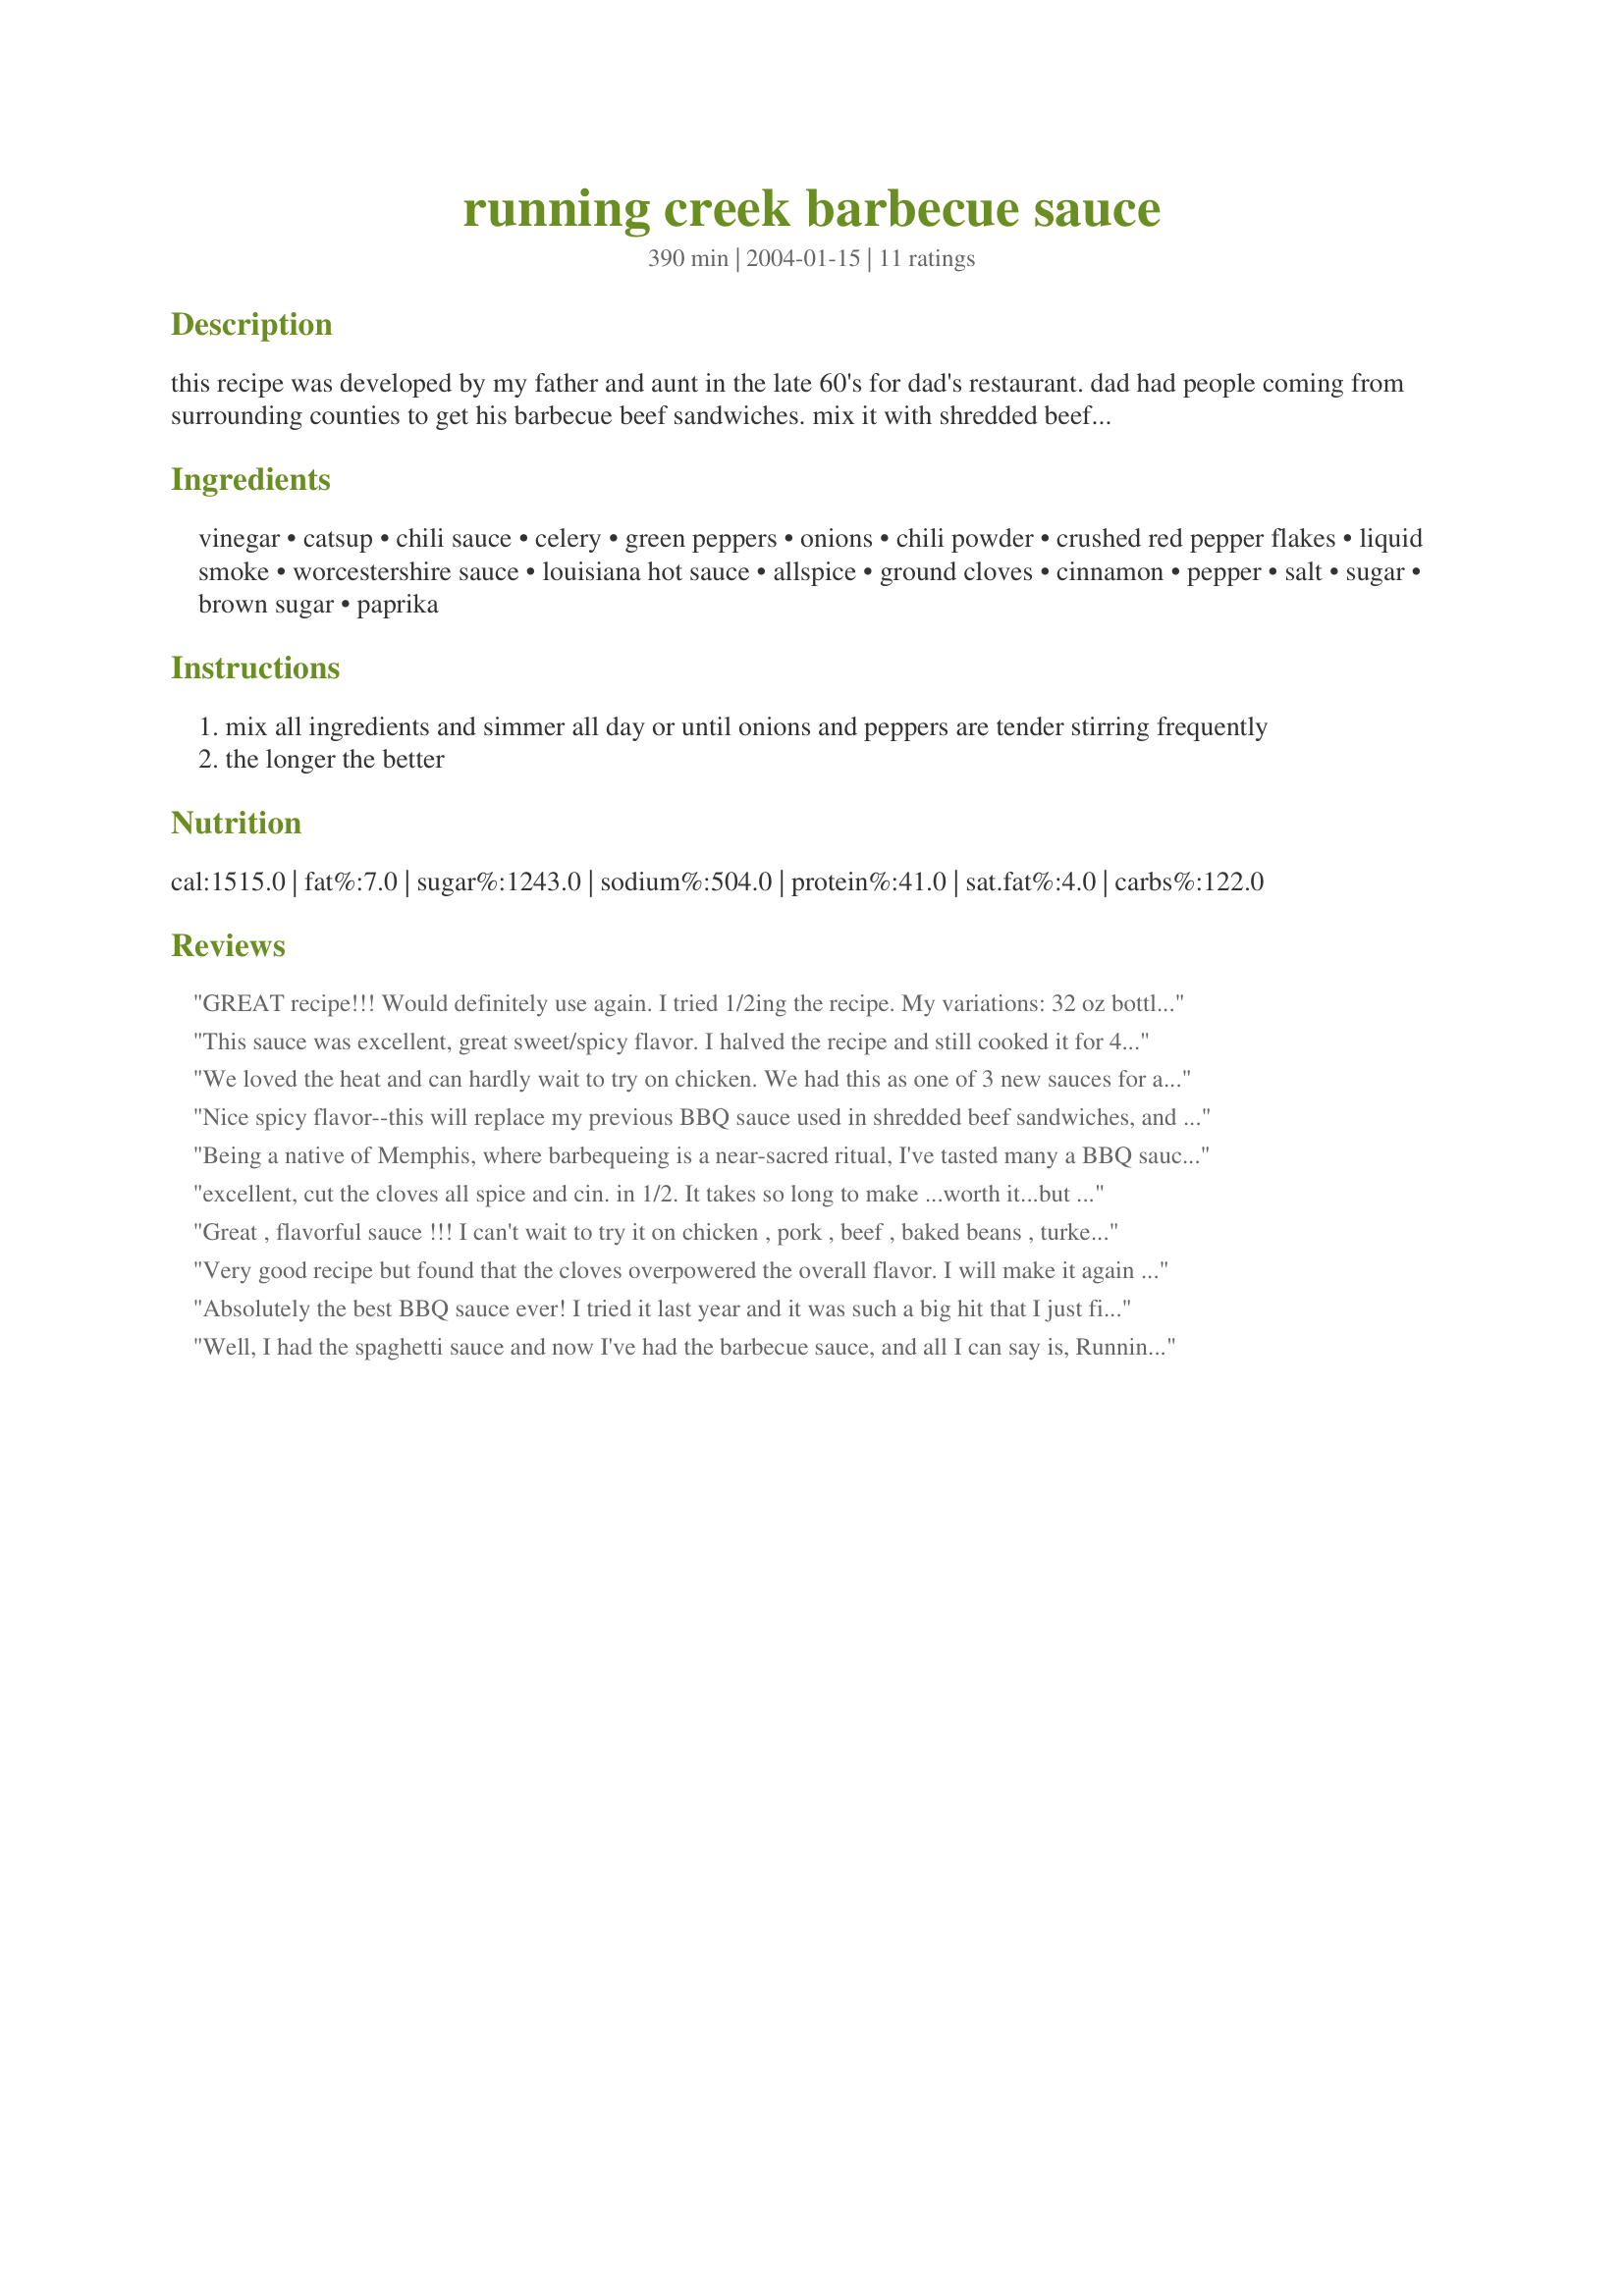
running creek barbecue sauce
Preparation time: 390 minutes

this recipe was developed by my father and aunt in the late 60's for dad's restaurant. dad had people coming from surrounding counties to get his barbecue beef sandwiches. mix it with shredded beef or pork. add it to your favorite baked bean recipe for a truly fantastic flavor. any left over sauce can be frozen.

Ingredients:
vinegar, catsup, chili sauce, celery, green peppers, onions, chili powder, crushed red pepper flakes, liquid smoke, worcestershire sauce, louisiana hot sauce, allspice, ground cloves, cinnamon, pepper, salt, sugar, brown sugar, paprika

Steps:
mix all ingredients and simmer all day or until onions and peppers are tender stirring frequently
the longer the better

Reviews:
GREAT recipe!!! Would definitely use again. I tried 1/2ing the recipe. My variations: 32 oz bottle ketchup, instead of chili sauce (don't know what this is) used 1 6oz can tomato paste and 2 chiplote pepers blended, used green bell peppers, wasn't sure what type of peppers the recipe called for. I just brought to a boil, then turned down to lowest setting and let it simmer overnight.
This sauce was excellent, great sweet/spicy flavor. I halved the recipe and still cooked it for 4 hours.i used it over chicken breats the first night. The sauce I rerigerated tasted even better the next day, and I used it on ribs. This is a keeper!
We loved the heat and can hardly wait to try on chicken. We had this as one of 3 new sauces for a pig on a spit party and it was a great hit. Doing a bigger porker in 2 weeks for a new gang and can hardly wait to share.
Nice spicy flavor--this will replace my previous BBQ sauce used in shredded beef sandwiches, and I thought that one was good! Thanks, Roger, for sharing.
Being a native of Memphis, where barbequeing is a near-sacred ritual, I've tasted many a BBQ sauce -- and this one is way up there with the best of the them! It absolutely rocks!! Sweet, hot, smokey...wonderful, complex flavors that meld beautifully after long, slow cooking and then reheating the next day. (Don't rush it!) BBQ fanatics can't ever resist making a few changes, of course. Next time, I'm going to reduce the amount of cloves, increase the Liquid Smoke and strain it. Everyone loved the flavor the veggies gave it but prefer a smoother texture. Basically, though, it got nothing but raves all around! What a wonderful 'heirloom' recipe, Roger. Thanks so much for sharing it!
excellent, cut the cloves all spice and cin. in 1/2. It takes so long to make ...worth it...but do you think you could process it in jars. i don't see why...any thoughts?
Thanks
Great , flavorful sauce !!! I can't wait to try it on chicken , pork , beef , baked beans , turkey ! This is good stuff !! I made it as written and am truly pleased with the sweet/hot tasty sauce this recipe made !
Very good recipe but found that the cloves overpowered the overall flavor. I will make it again but reduce the amt of cloves and allspice. Thanks for a great recipe!
Absolutely the best BBQ sauce ever! I tried it last year and it was such a big hit that I just finished doubling the recipe for this years BBQ season. Expensive to make the first time buy well worth the cost!!!
Well, I had the spaghetti sauce and now I've had the barbecue sauce, and all I can say is, Running Creek must be located in a little corner of heaven. Like the spaghetti sauce this smelled and tasted absolutely superb. I made chicken sloppy joes with it, and am planning on using the left-overs (which I've frozen) with some pulled pork or ribs soon (probably after Thanksgiving). Compliments to the chef, Roger/OH!
I used part of this to make sloppy joes and they were the best sloppy joes I've ever made. I've tried a ton of recipes and never could find a sloppy joe recipe that I liked but this is it! Can't wait to try it on some bbq once it stops raining long enough! I'm going to make a batch of this and give it to my kids. I've been telling them how wonderful it tastes and they keep asking me when I'm going to make it. Thanks Roger for the jar of sauce and for the recipe to make more when I run out! It's excellent!!
